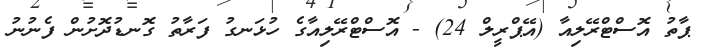
ޕާތު އޮސްޓްރޭލިއާ (އޭޕްރީލް 24) - އޮސްޓްރޭލިއާގެ ހުޅަނގު ފަރާތު ގޮނޑުދޮށުން ފެނުނު